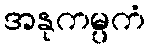
အနုကမ္ပကံ